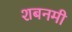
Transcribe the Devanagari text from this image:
शबनमी